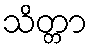
သိတ္တာ